Report on the Nagpur School of Medicine, Central Provinces
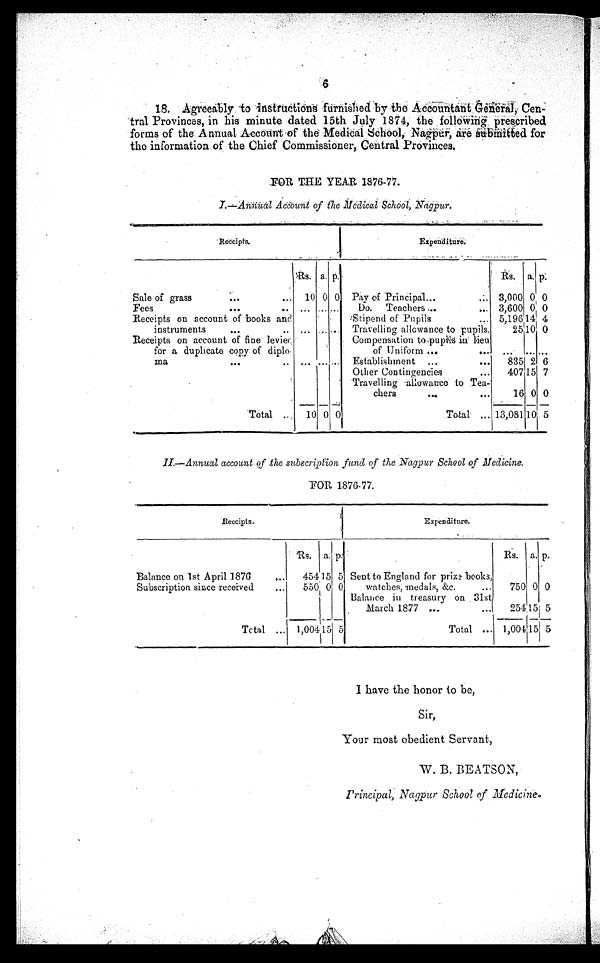
18. Agreeably to instructions furnished by the Accountant General, Cen-
tral Provinces, in his minute dated 15th July 1874, the following prescribed
forms of the Annual Account of the Medical School, Nagpur, are submitted for
the information of the Chief Commissioner, Central Provinces.
FOR THE YEAR 1876-77.
I.― Annual Account of the Medical School, Nagpur.
R e c e i p t s .
E x p e n d i t u r e .
Rs. a. p.
Rs.
a. p.
Sale of grass
...
. . .
10 0 0 Pay of Principal...
. . . 3,000 0 0
Fees
. . .
. . . . . . . . .
Do. T e a c h e r s . . .
. . . 3,600 0 0
Receipts on account of books and
Stipend of Pupils
. . . 5,196 14 4
instruments
...
. . ...
. . . . . . Travelling allowance to pupils.
25 10 0
Receipts on account of fine levied
Compensation to pupils in lieu
for a duplicate copy of diplo-
of Uni f or m . . . . . .
. . .
. . . . . .
ma
...
. . ...
. . . . . . Establishment
...
. . .
835 2 6
Other Contingencies
. . .
407 15 7
Travelling allowance to Tea -
chers
...
. . .
16 0 0
Total . . .
10 0 0
Total
. . .
1 3 , 0 8 1 10 5
II.― Annual account of the subscription, fund of the Nagpur School of Medicine.
FOR 1876-77.
R e c e i p t s .
Expenditure.
Rs. a. p.
Rs. a. p .
Balance on 1st April 1876
. . .
454 15 5 Sent to England for prize books,
Subscription since received
. . .
550 0 0
watches, medals, &c
. . . .
750 0 0
Balance in treasury on 31st
March 1877 ...
. . .
254 15 5
Total
. . . 1,004 15 5
Total
. . . 1,004 15 5
I have the honor to be,
Sir,
Your most obedient Servant,
W. B. BEATSON,
P r i n c i p a l , N a g p u r S c h o o l o f M e d i c i n e .